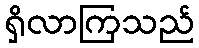
ရှိလာကြသည်